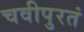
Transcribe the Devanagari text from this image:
चवीपुरतं